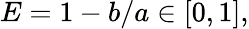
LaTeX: E=1-b/a\in[0,1],